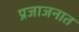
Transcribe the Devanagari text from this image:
प्रजाजनात